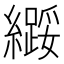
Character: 𫄌